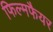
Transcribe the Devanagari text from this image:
फिल्मफैयर